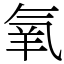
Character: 氧